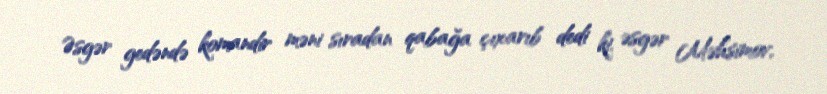
Əsgər gedəndə komandir məni sıradan qabağa çıxarıb dedi ki, əsgər Məhsimov,